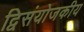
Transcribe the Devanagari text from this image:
द्विसंयोजकीय